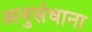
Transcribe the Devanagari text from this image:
अनुसंधाना